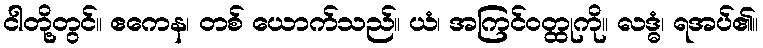
ငါတို့တွင်။ ဧကေန၊ တစ် ယောက်သည်။ ယံ၊ အကြင်ဝတ္ထုကို။ လဒ္ဓံ၊ ရအပ်၏။